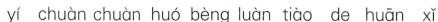
yí chuàn chuàn huó bèng luàn tiào de huān xǐ